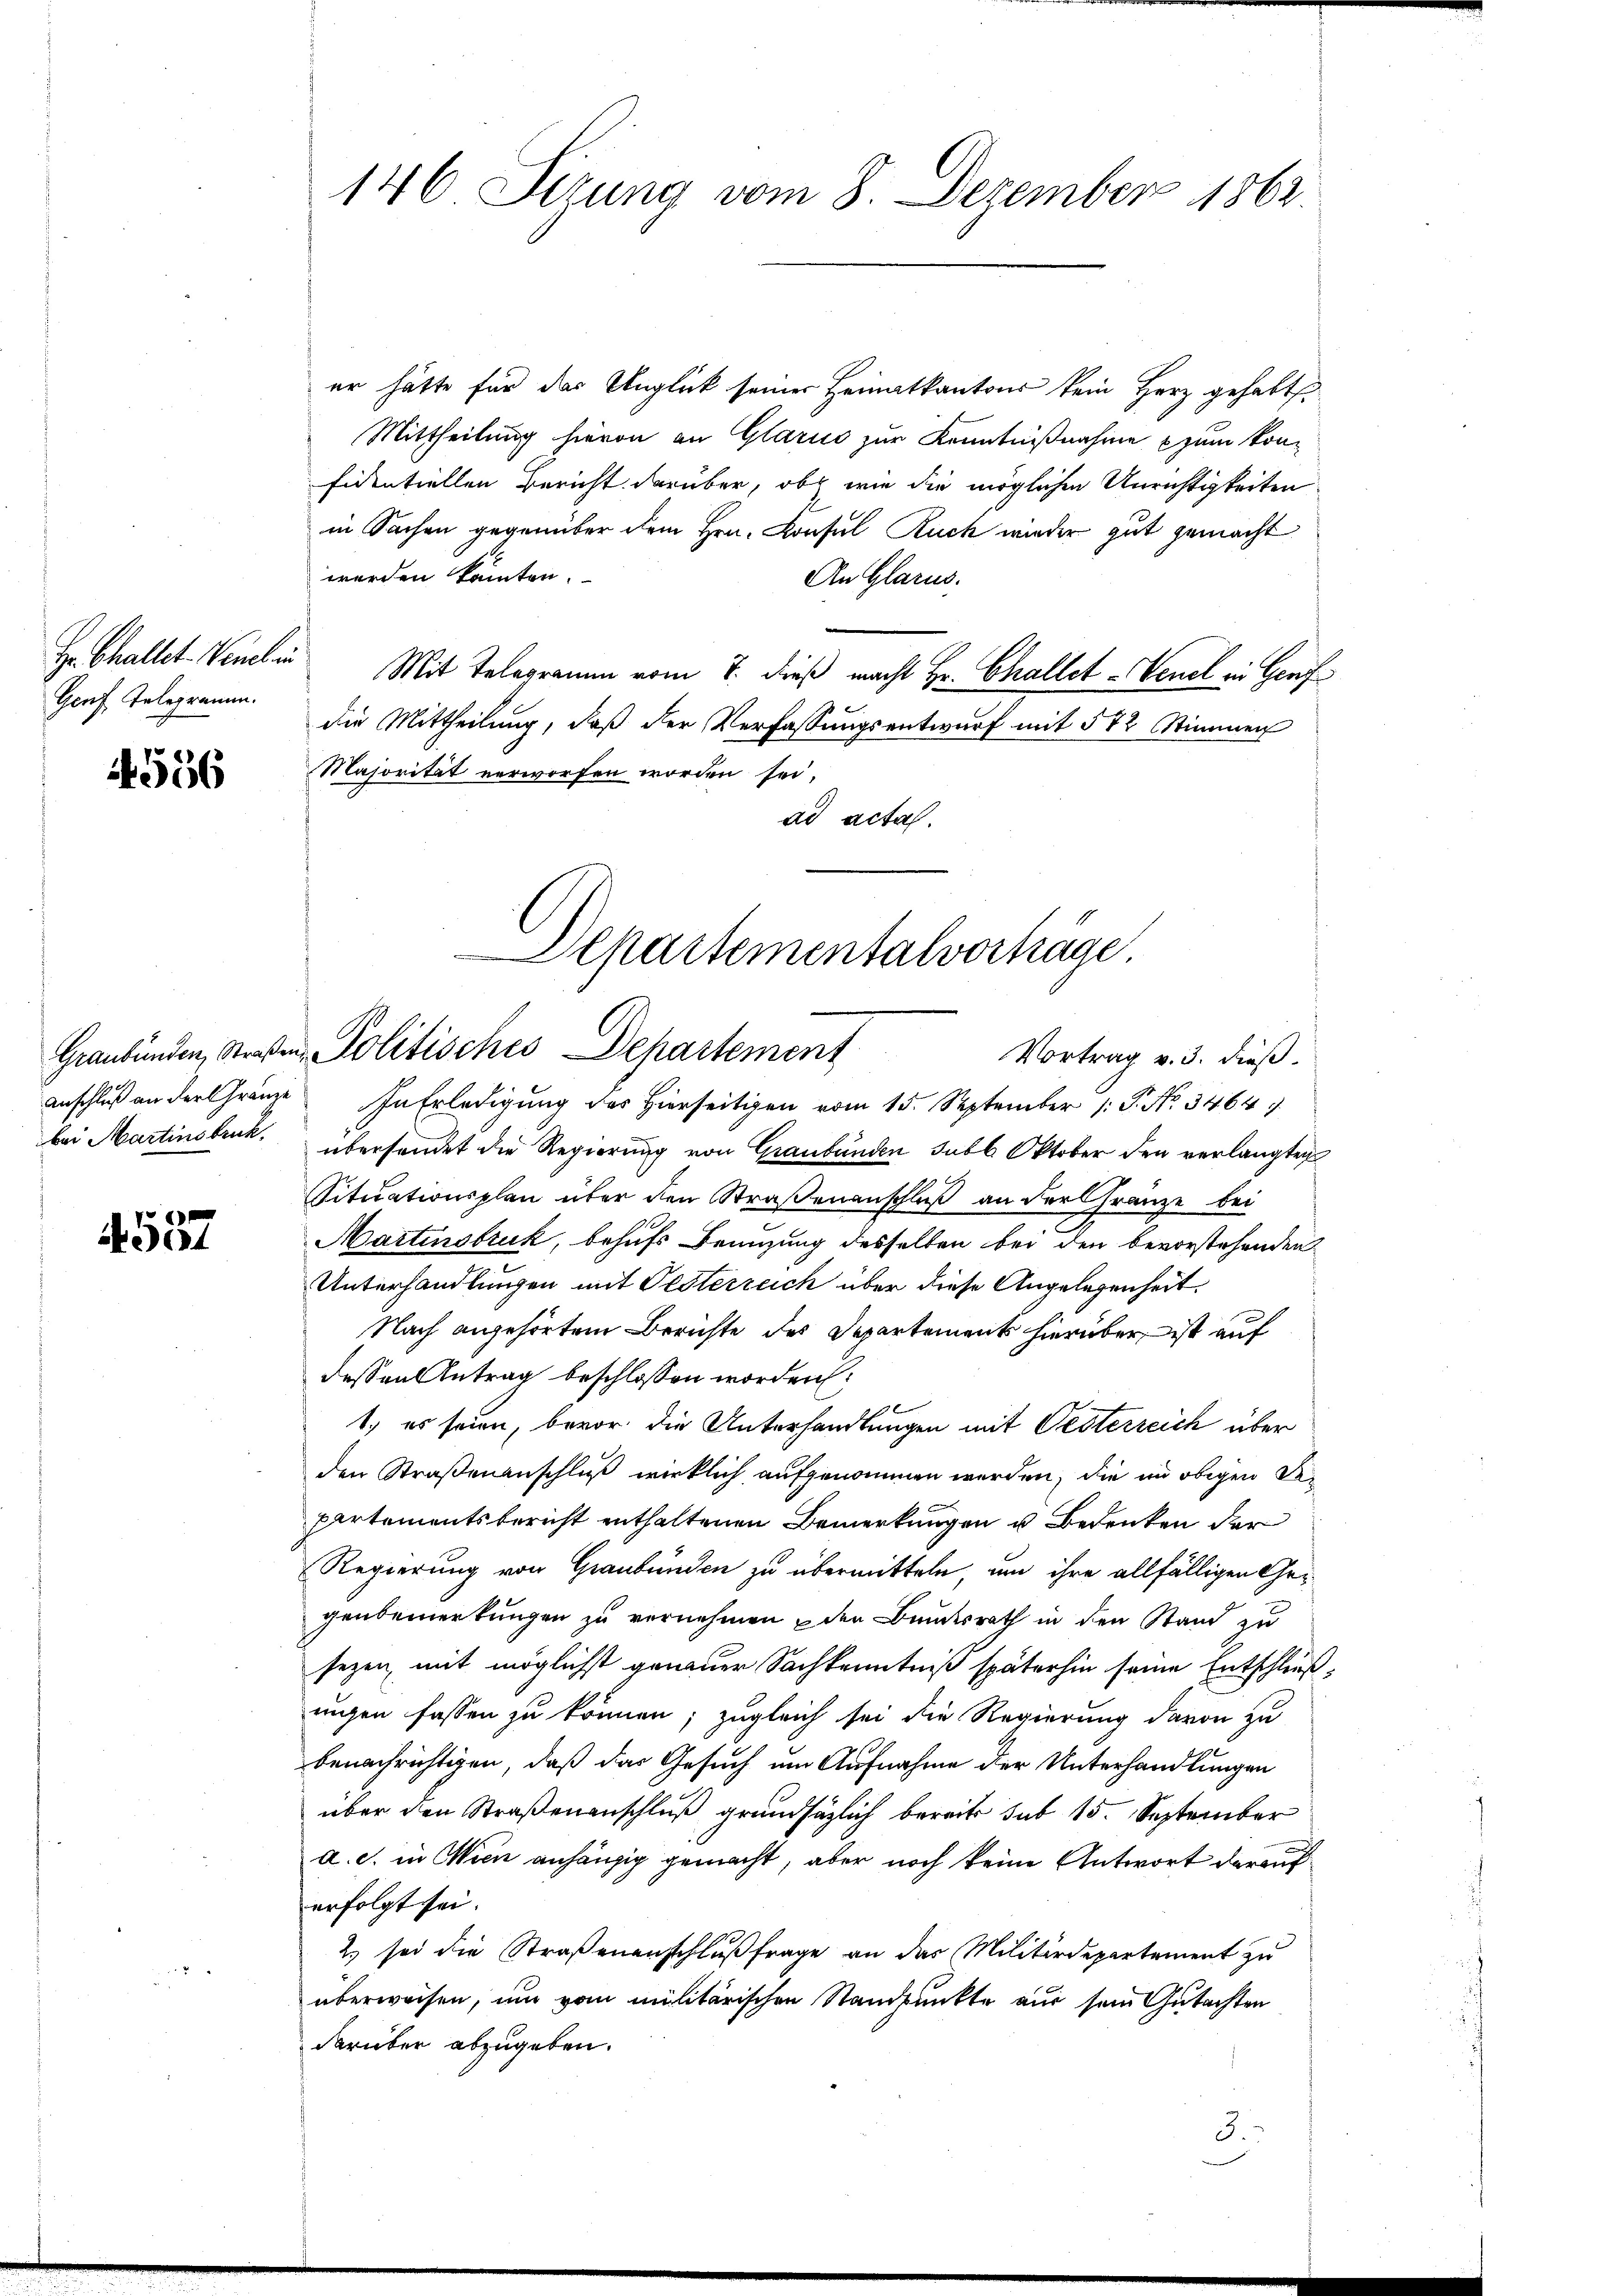
Genf Telegramm.

4556

4557

146 Sizung vom 8. Dezember 1862.

er hätte für das Unglück seiner Heimatkantons kein Herz gehabt.
Mittheilung hievon an Glarus zur Kenntnißnahme zum kon¬
Eidentiellen Bericht darüber, ob wie die möglichen Unrichtigkeiten
in Sachen gegenüber dem Hrn. Consul Ruch wieder gut gemacht
werden könnten.
An Glarus.
H. Chaltet Venelin Mit Telegramen vom 7. dieß macht Hr. Challet -Venel in Genf
die Mittheilung, daß der Verfassungsentwurf mit 572 Stimmen
Majorität verworfen worden sei.
ad acta.
Anschluß an der Gränze In Erledigung des Hierseitigen vom 15. September 1 P. No. 3464
bei Martinsbruck. überhandet die Regierung von Graubünden Jubl. Oktober den verlangten
Situationsplan über den Straßenanschluß an der Gränze bei
Martinstruk, behufs Benuzung desselben bei den bevorstehenden
Unterhandlungen mit Oesterreich über diese Angelegenheit.
Nach angehörtem Berichte des Departement hierüber ist auf
dessen Antrag beschlossen worden:
1) es seien, bevor die Unterhandlungen mit Oesterreich über
den Straßenanschluß wirklich aufgenommen werden, die im obigen Bepartementsbericht enthaltenen Bemerkungen u. Bedenken der
Regierung von Graubünden zu übermitteln, um ihre allfälligen Gegenbemerkungen zu vernehmen u den Bundesrath in den Stand zu
sezen, mit möglichst genauer Sachkenntniß späterhin seine Entschluß,
ungen fassen zu können; zugleich sei die Regierung davon zu
benachrichtigen, daß das Gesuch um Aufnahme der Unterhandlungen
über den Straßenanschluß grundsätzlich bereits sub 15. September
e
a. c. in Wien anhängig gemacht, aber noch keine Antwort darauf
erfolgt sei.
2) sei die Straßenanschlußfrage an das Militärdepartement zu
überweisen, um vom militärischen Standpunkte aus sein Gutachten
darüber abzugeben.
3.

Aepartementalverhäge.
Graubünden, Straßen Politisches Departement
Vortrag v. 3. dieß.